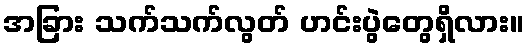
အခြား သက်သက်လွတ် ဟင်းပွဲတွေရှိလား။